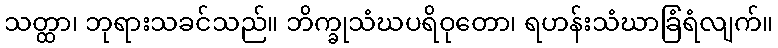
သတ္ထာ၊ ဘုရားသခင်သည်။ ဘိက္ခုသံဃပရိဝုတော၊ ရဟန်းသံဃာခြံရံလျက်။